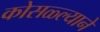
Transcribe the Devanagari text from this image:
कोसळ्ल्याने